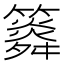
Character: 𥶒